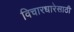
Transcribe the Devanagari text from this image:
विचारधारेसाठी